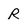
Character: R